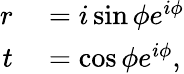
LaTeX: \begin{array}{rl}{r}&{{}=i\sin{\phi}e^{i\phi}}\\ {t}&{{}=\cos{\phi}e^{i\phi},}\end{array}